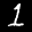
Label: 1